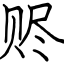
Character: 赆